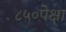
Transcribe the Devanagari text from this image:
८५०पेक्षा